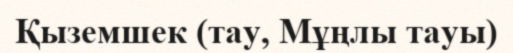
Қыземшек (тау, Мұңлы тауы)